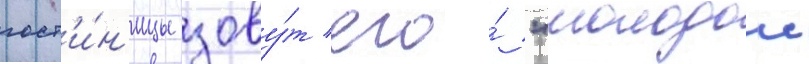
гост'и́н'ицы зову́т его́ "молодои